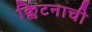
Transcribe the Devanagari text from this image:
क्लिंटनाची